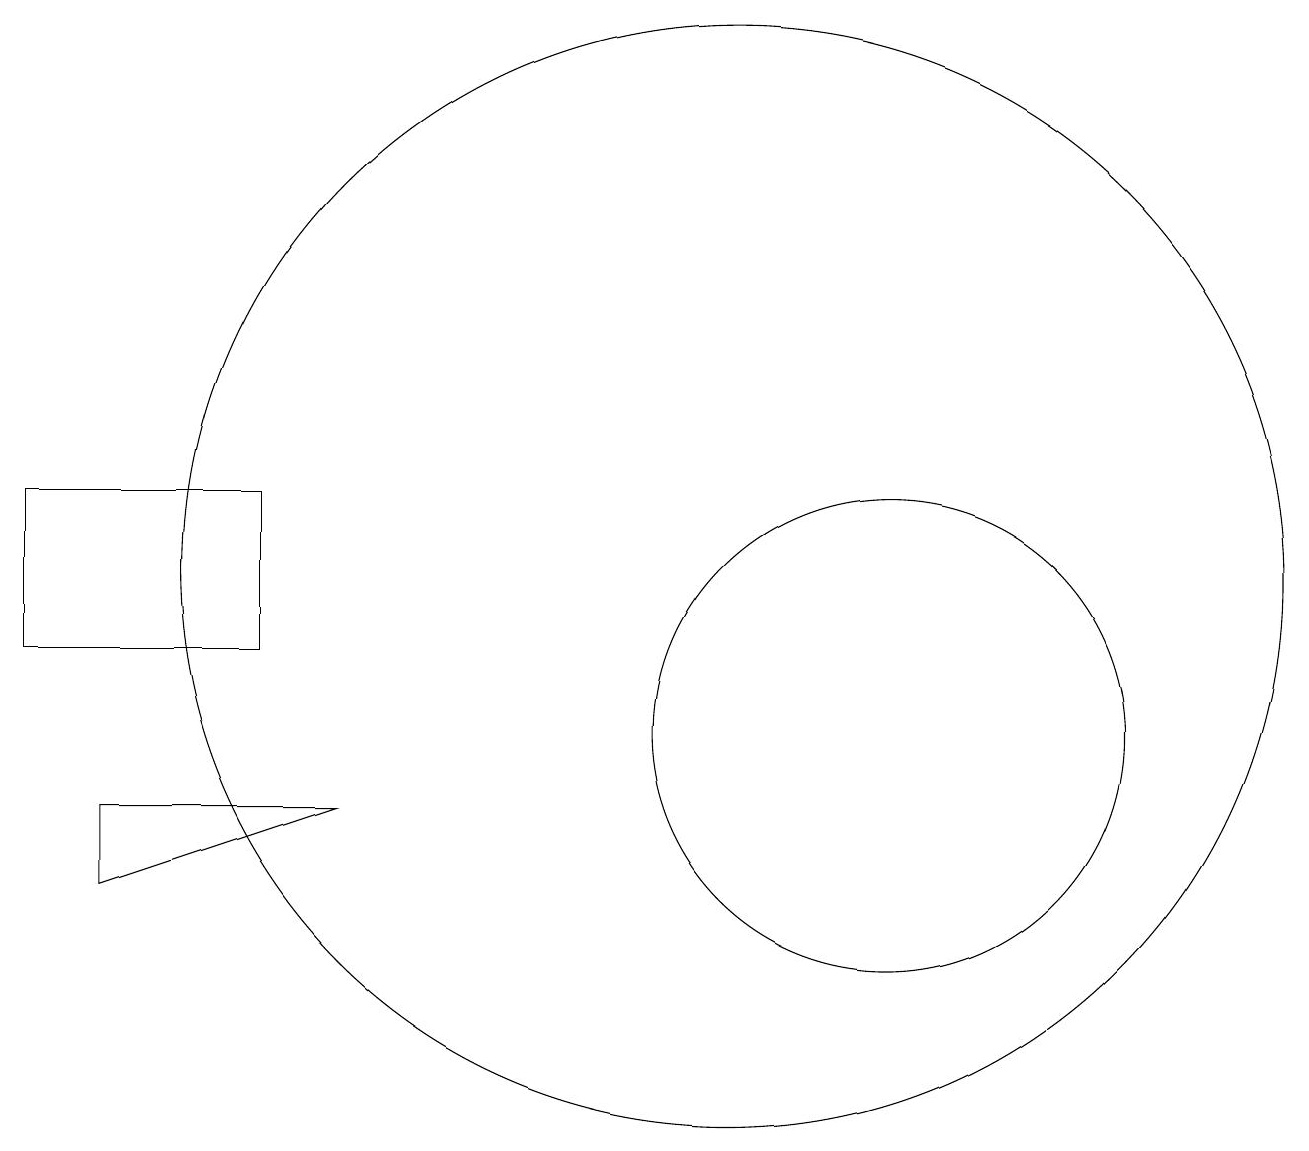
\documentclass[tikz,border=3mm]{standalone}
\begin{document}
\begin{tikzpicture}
\draw (10,12) circle (7);
\draw (2,8) -- (2,9) -- (5,9) -- cycle;
\draw (12,10) circle (3);
\draw (1,11) rectangle (4,13);
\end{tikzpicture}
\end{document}